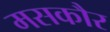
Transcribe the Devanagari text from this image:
मसकौर